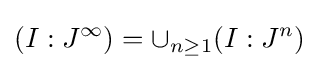
(I:J^{\infty })=\cup _{n\geq 1}(I:J^{n})